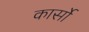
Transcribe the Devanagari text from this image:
कार्सो